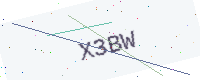
Text: X3BW